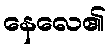
နေလေ၏